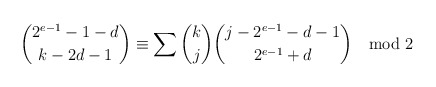
\begin{align*}\binom{2^{e-1}-1-d}{k-2d-1}\equiv\sum\binom kj\binom{j-2^{e-1}-d-1}{2^{e-1}+d}\mod 2\end{align*}